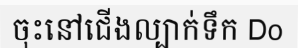
ចុះនៅជើងល្បាក់ទឹក Do